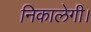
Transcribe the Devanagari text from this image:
निकालेगी।